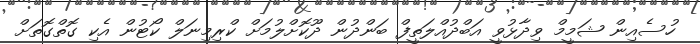
ހުސެއިން ޝަމީމް ވިދާޅުވީ އަބްދުއްލަތީފް ބަންދުން ދޫކޮށްލުމަށް ކްރިމިނަލް ކޯޓުން އެކި ގޮތްގޮތަށް